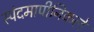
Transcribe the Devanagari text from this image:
स्पंदमापीनिकले